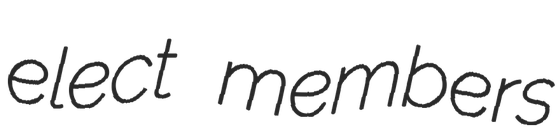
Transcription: elect members